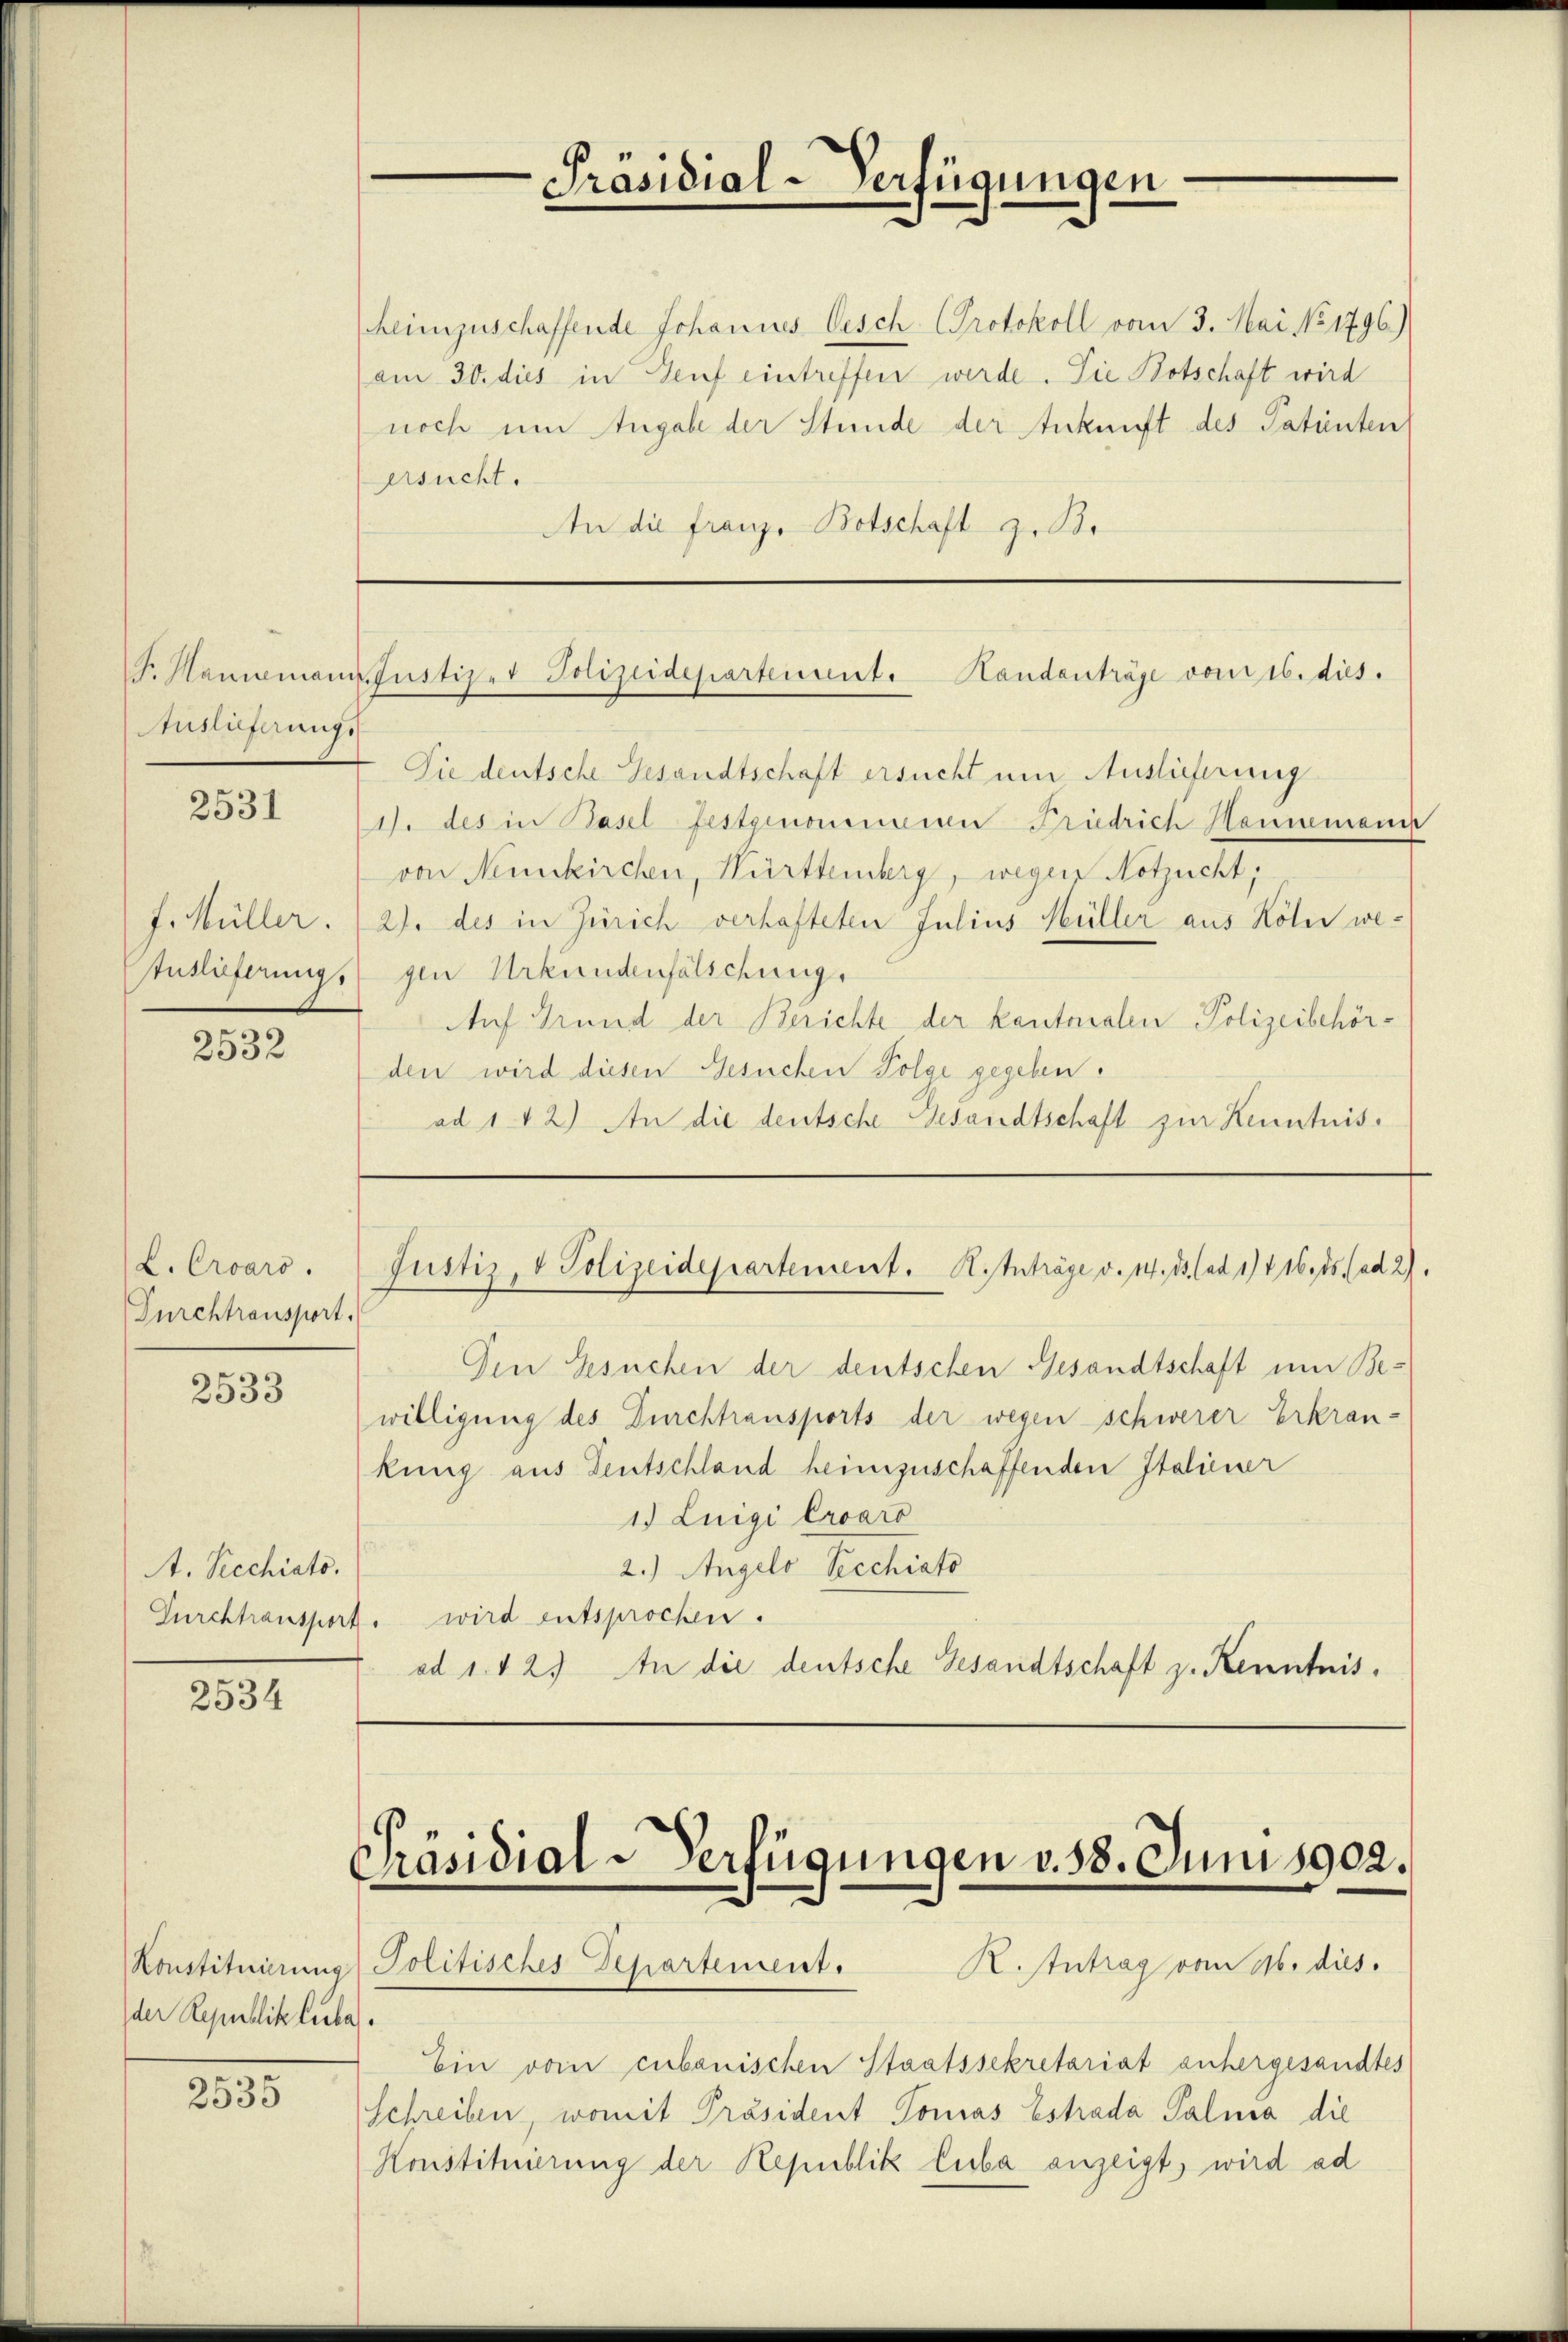
Ensoferungs

2531

J. Müller.
Enslieferung.

2532

L. Croaro.
Furchtransport.

2533

A. Siechiato.

2534

der Republik Luba

2535

heimzuschaffende Johannes Gesch Protokoll vom 3. Mai No 1796.)
am 30. dies in Genf eintreffen werde. Die Botschaft wird
noch um Angabe der Stunde der Ankunft des Patenten
ersucht.
An die franze Botschaft zu Br

Sie deutsche Gesandtschaft ersucht um Auslieferung
1. des in Basel festgenommenen Friedrich Hammmann
von Neunkirchen, Württemberg, wegen Notzucht,
2). des in Zürich verhafteten Julius Hüller aus Koler wegen Urkundenfälschung
Auf Grund der Berichte der kantonalen Polizeibehörden wird diesen Gesuchen Folge gegeben.
ad 112) An die deutsche Gesandtschaft zur Kenntnis.

Den Gesuchen der deutschen Gesandtschaft um Bewilligung des Durchtransports der wegen schwerer Erkrankung aus deutschland heimzuschaffenden Italiener
1.) Luigi Croaro
2.) Angelo Pecchiato
Durchtransport. wird entsprochen.
ad 1. 12. An die deutsche Gesandtschaft zu Kenntnis.

Präsidial-Verfügungen

S. Mammanns Justizer Polizeidepartement. Handenträge vom 16. dies

Justiz & Polizeidepartement. H. Inträge v. 14. ds. (ad 1/4 16, 15. (ad 27.

Präsidial-Verfügungen v. 58. Juni 1902.
Konstituierung Politisches Departement. K. Antrag vom 16. dies.

Ein vom cubanischen Staatssekretariat anhergesandtes
Schreiben, womit Präsident Tomas Estrada Palma die
Konstituierung der Republik Luba anzeigt, wird ad